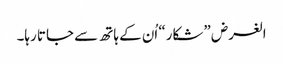
الغرض ”شکار“ اُن کے ہاتھ سے جاتا رہا۔